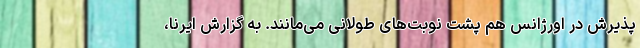
پذیرش در اورژانس هم پشت نوبت‌های طولانی می‌مانند. به گزارش ایرنا،